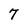
Character: 7